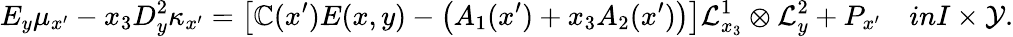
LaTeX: E_{y}\mu_{x^{\prime}}-x_{3}D_{y}^{2}\kappa_{x^{\prime}}=\left[\mathbb{C}(x^{\prime})E(x,y)-\left(A_{1}(x^{\prime})+x_{3}A_{2}(x^{\prime})\right)\right]\mathcal{{L}}_{x_{3}}^{1}\otimes\mathcal{{L}}_{y}^{2}+P_{x^{\prime}}\quad\textit{{in}}I\times\mathcal{{Y}}.